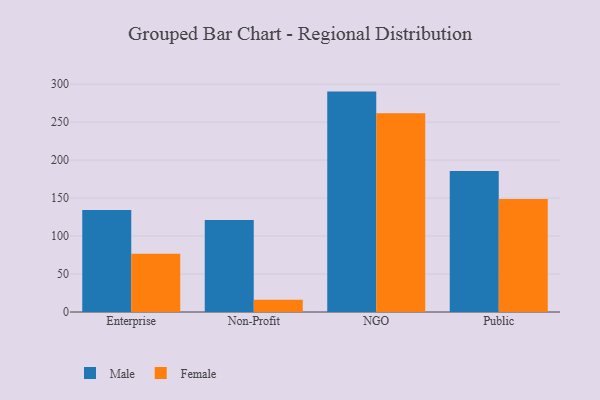
{"axis": {"x": "Segment", "y": "Production Output"}, "legend": ["Female", "Male"], "data": [{"x": "Enterprise", "y": 134.2, "type": "Male"}, {"x": "Enterprise", "y": 76.7, "type": "Female"}, {"x": "Non-Profit", "y": 121.1, "type": "Male"}, {"x": "Non-Profit", "y": 16.2, "type": "Female"}, {"x": "NGO", "y": 290.2, "type": "Male"}, {"x": "NGO", "y": 261.7, "type": "Female"}, {"x": "Public", "y": 185.6, "type": "Male"}, {"x": "Public", "y": 148.7, "type": "Female"}]}